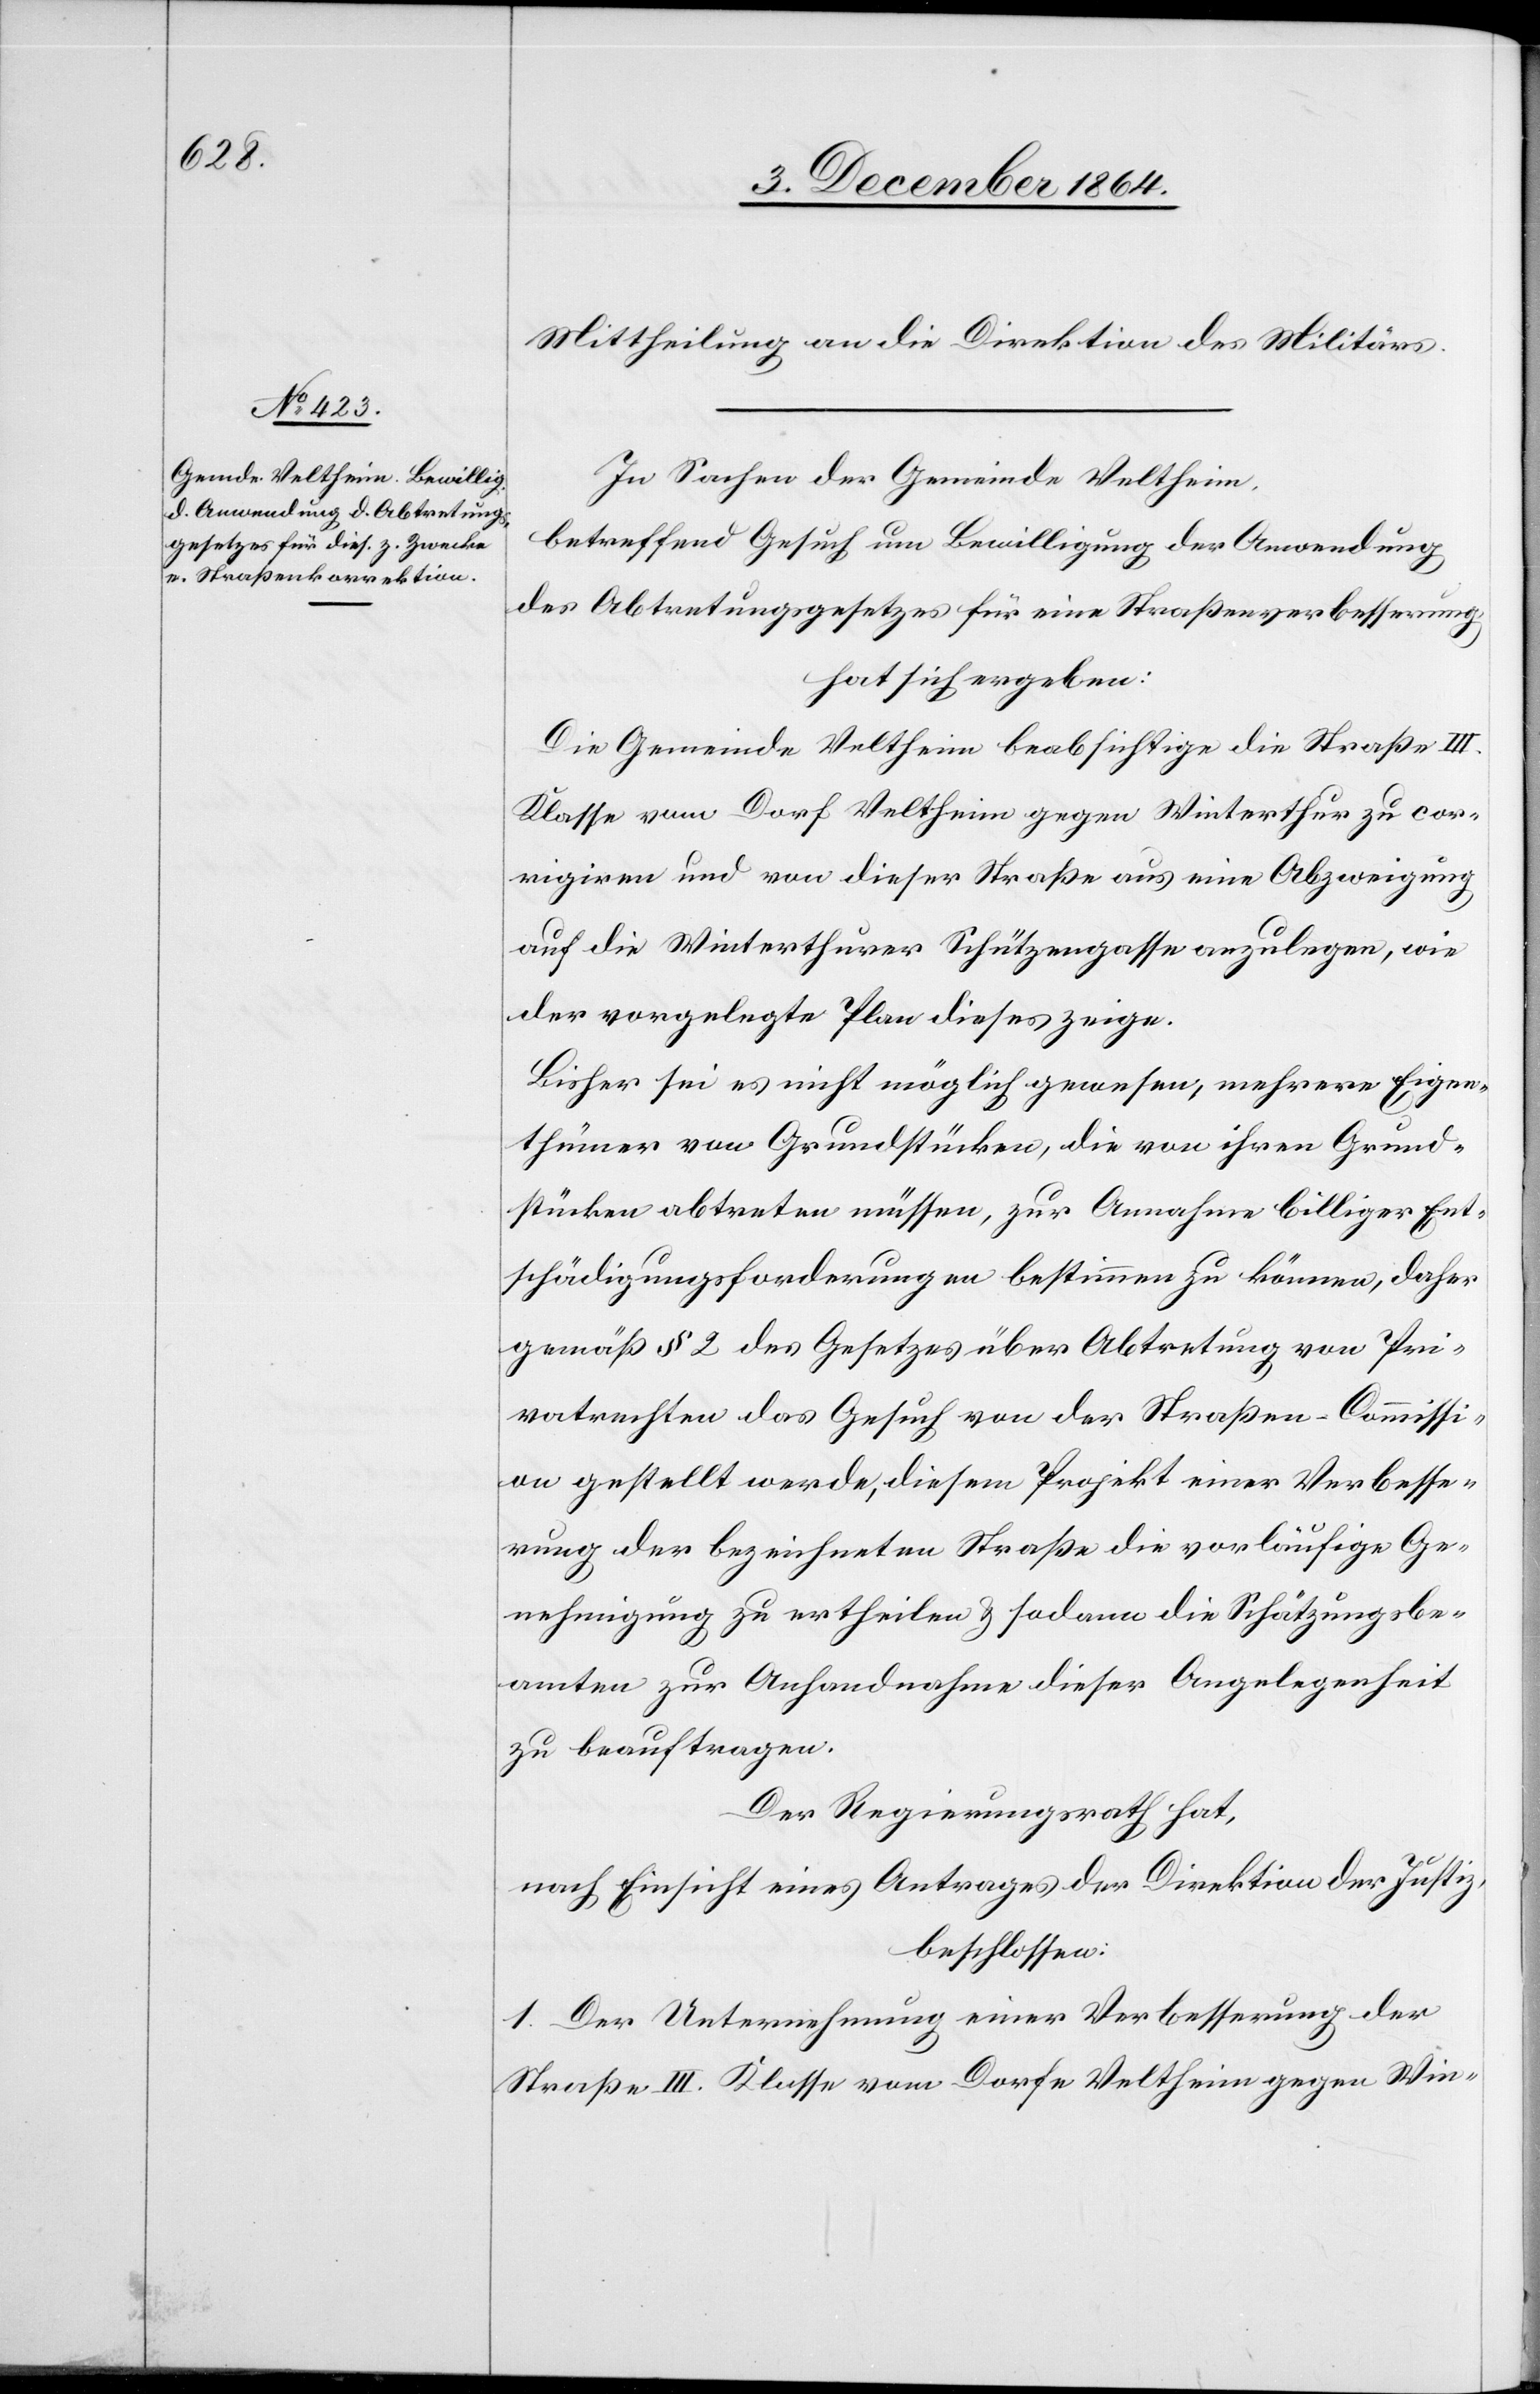
Mittheilung an die Direktion des Militärs.
In Sachen der Gemeinde Veltheim,
betreffend Gesuch um Bewilligung der Anwendung
des Abtretungsgesetzes für eine Straßenverbesserung,
hat sich ergeben:
Die Gemeinde Veltheim beabsichtige die Straße III.
Klasse vom Dorf Veltheim gegen Winterthur zu cor¬
rigiren und von dieser Straße aus eine Abzweigung
auf die Winterthurer Schützengasse anzulegen, wie
der vorgelegte Plan dieses zeige.
Bisher sei es nicht möglich gewesen, mehrere Eigen¬
thümer von Grundstücken, die von ihren Grund¬
stücken abtreten müssen, zur Annahme billiger Ent¬
schädigungsforderungen bestimmen zu können, daher
gemäß § 2 des Gesetzes über Abtretung von Pri¬
vatrechten das Gesuch von der Straßen-Commissi¬
on gestellt werde, diesem Projekt einer Verbesse¬
rung der bezeichneten Straße die vorläufige Ge¬
nehmigung zu ertheilen & sodann die Schätzungsbe¬
amten zur Anhandnahme dieser Angelegenheit
zu beauftragen.
Der Regierungsrath hat,
nach Einsicht eines Antrages der Direktion der Justiz,
beschlossen:
1. Der Unternehmung einer Verbesserung der
Straße III. Klasse vom Dorfe Veltheim gegen Win-